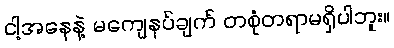
ငါ့အနေနဲ့ မကျေနပ်ချက် တစုံတရာမရှိပါဘူး။